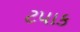
ટપાક